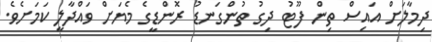
ދިމާލަށް އައިސް ތިން ފޫޓު ދިގު ތުންގަނޑު ރޮންޑީގެ މެޔަށް ވައްދާލީ ކަމަށެވެ.